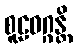
စူဠဝဂ္ဂန္တိ